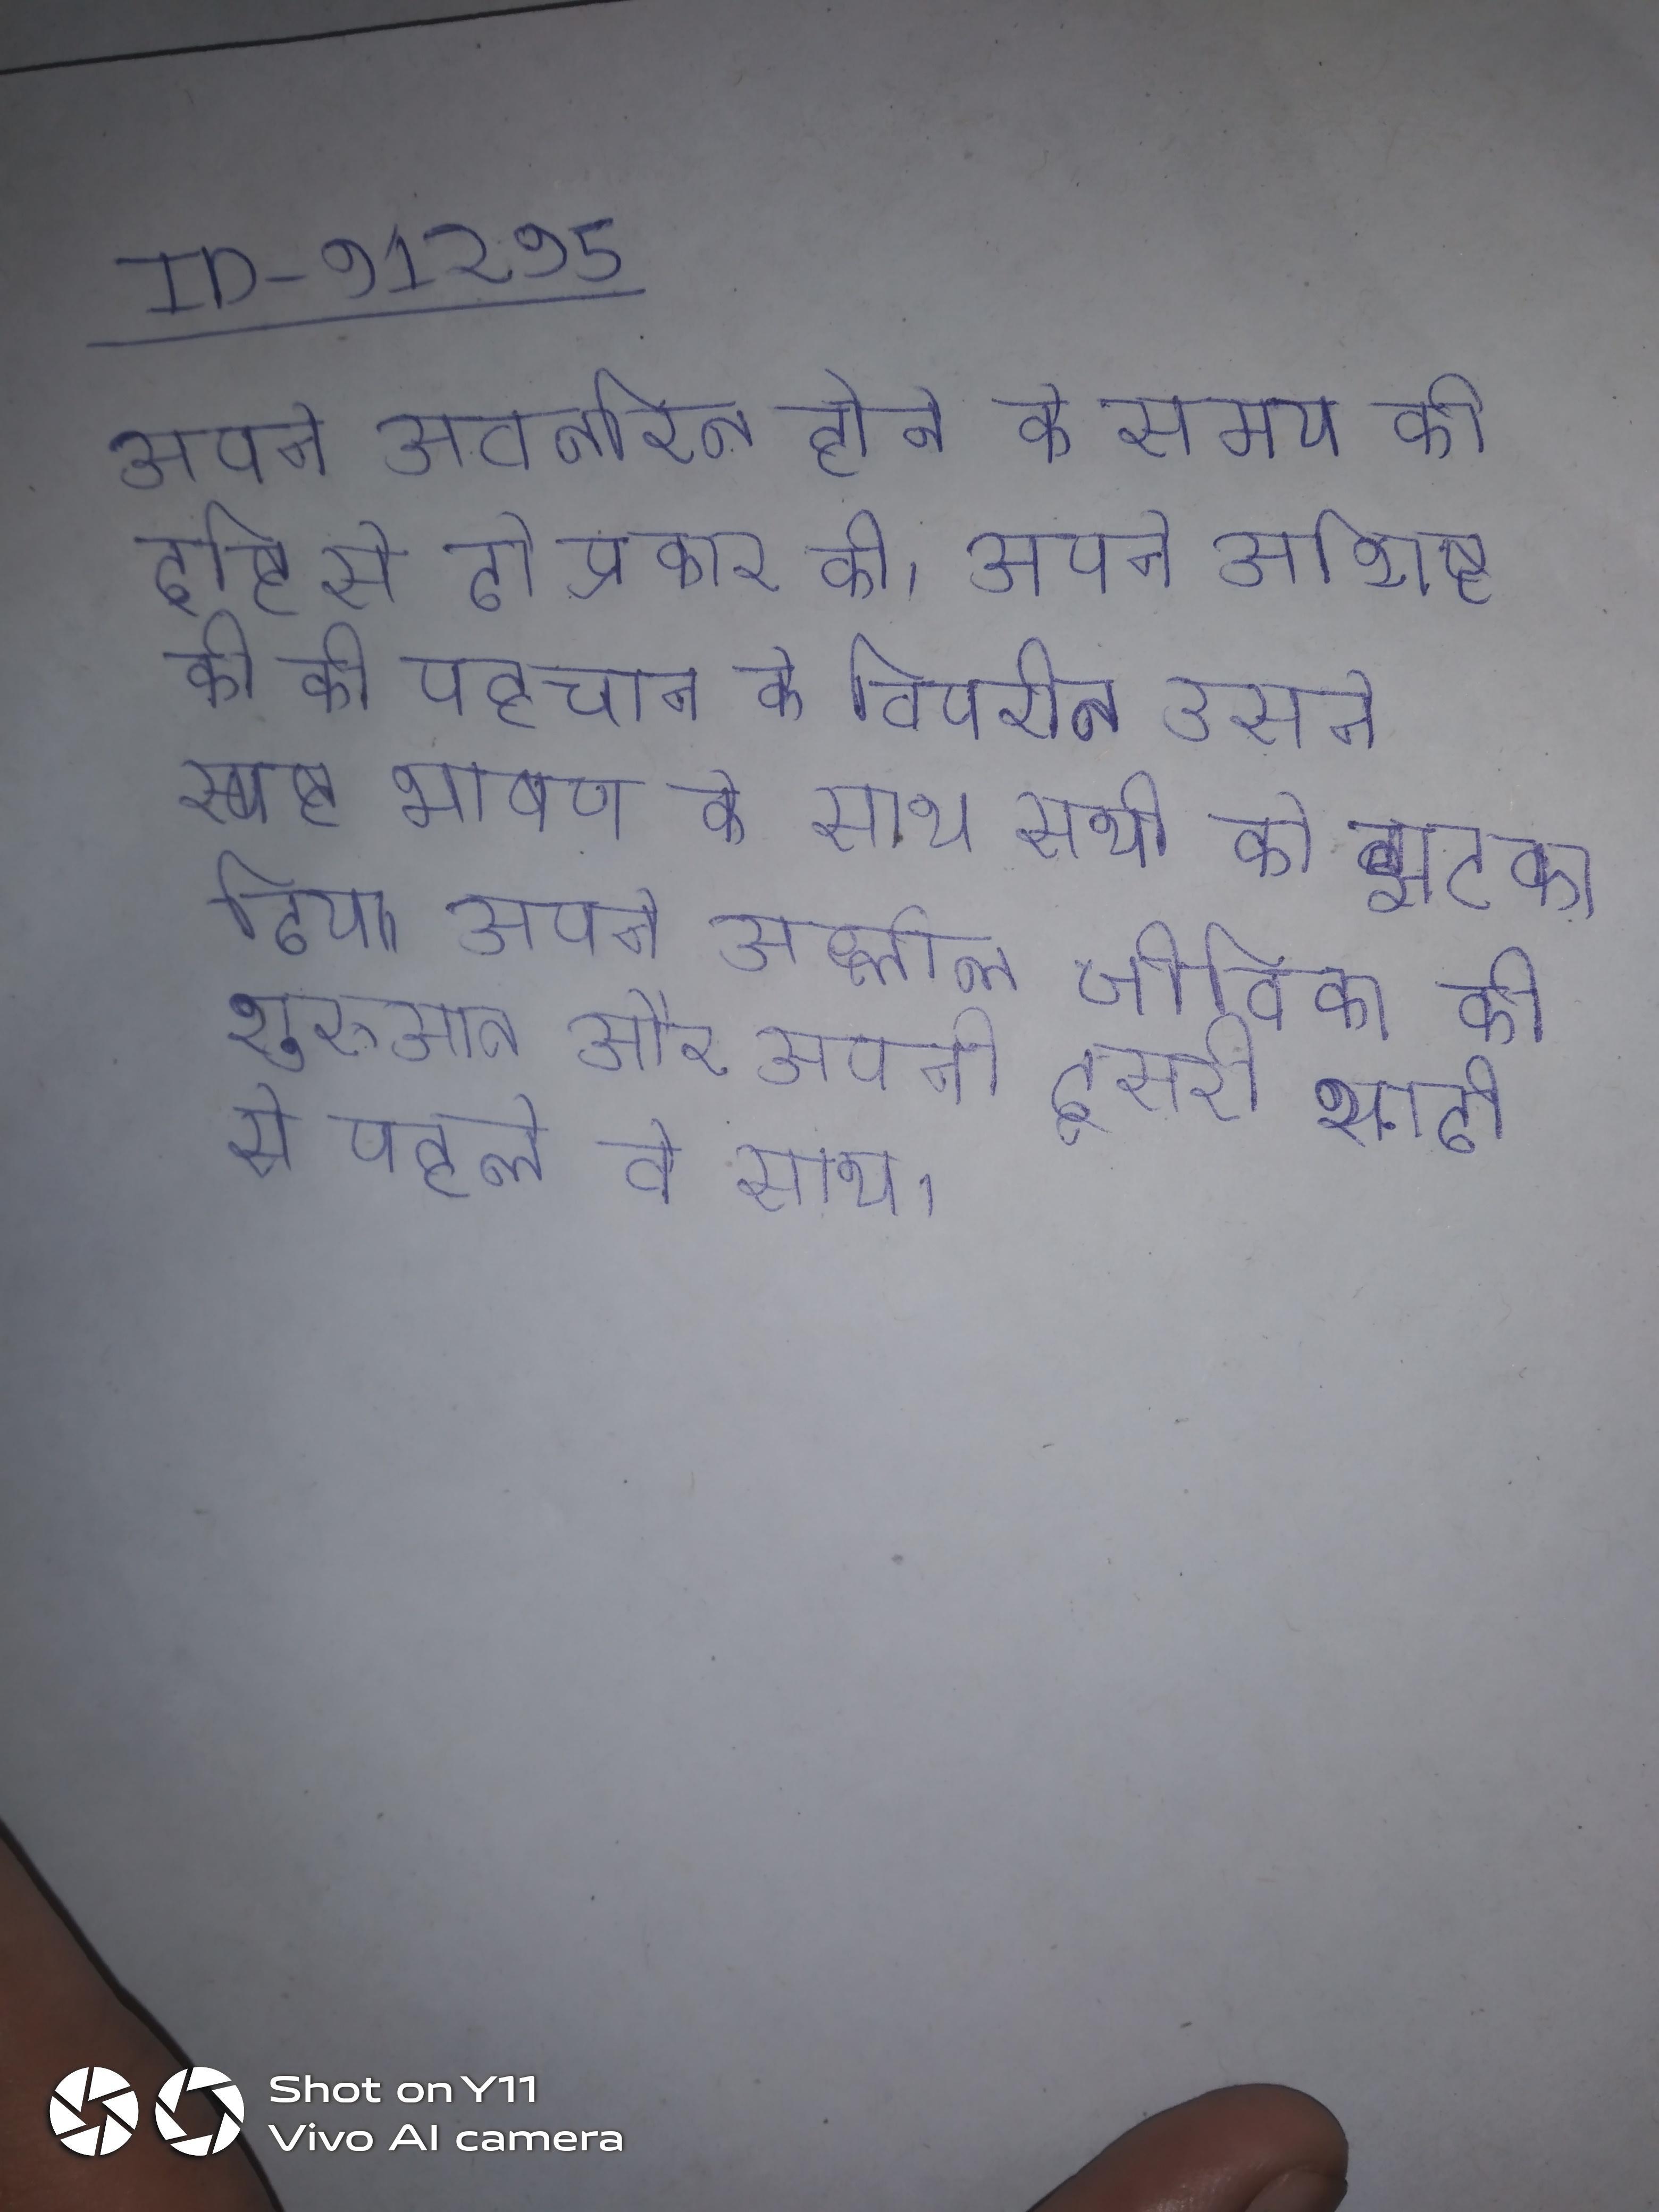
अपने अवतरित होने के समय की दृष्टि से दो प्रकार की । अपने अशिष्ट की की पहचान के विपरीत उसने स्पष्ट भाषण के साथ सभी को झटका दिया । अपने अश्लील जीविका की शुरुआत और अपनी दूसरी शादी से पहले वे साथ ।